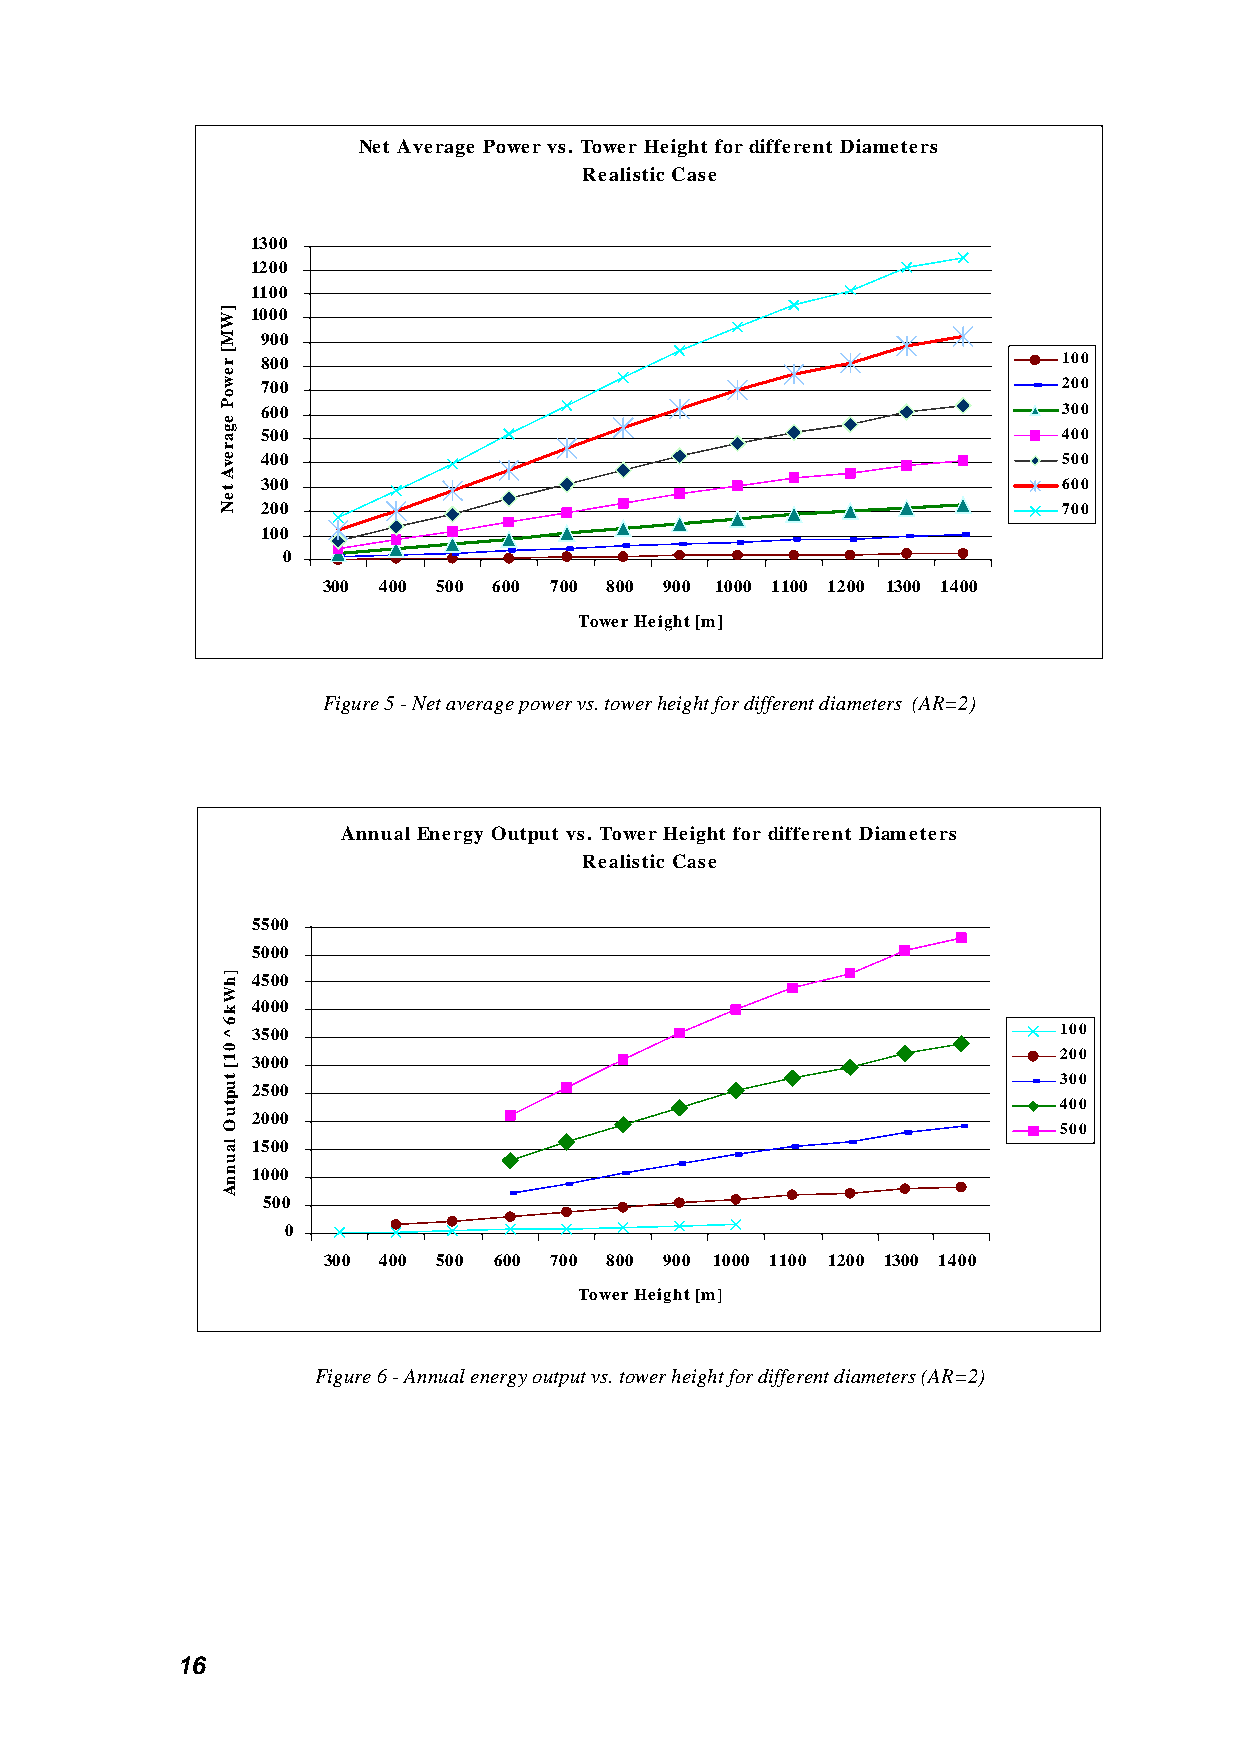
Net Average Power vs. Tower Height for different Diameters
 Realistic Case
 1300
 1200
 1100
 1000
 900
 800                                                  100
 700                                                  200
 600                                                  300
 500                                                  400
 400                                                  500
 300                                                  600
 200                                                  700
 100
 0
 300 400 500 600 700 800 900 1000 1100 1200 1300 1400
 Tower Height [m]
 Figure 5 - Net average power vs. tower height for different diameters (AR=2)
 Annual Energy Output vs. Tower Height for different Diameters
 Realistic Case
 5500
 5000
 4500
 4000
 3500                                                 100
 200
 3000
 300
 2500
 400
 2000
 500
 1500
 1000
 500
 0
 300 400 500 600 700 800 900 1000 1100 1200 1300 1400
 Tower Height [m]
 Figure 6 - Annual energy output vs. tower height for different diameters (AR=2)
 16
 ]WM[
 rewoP
 egarevA
 teN
 ]hWk6^01[
 tuptuO
 launnA